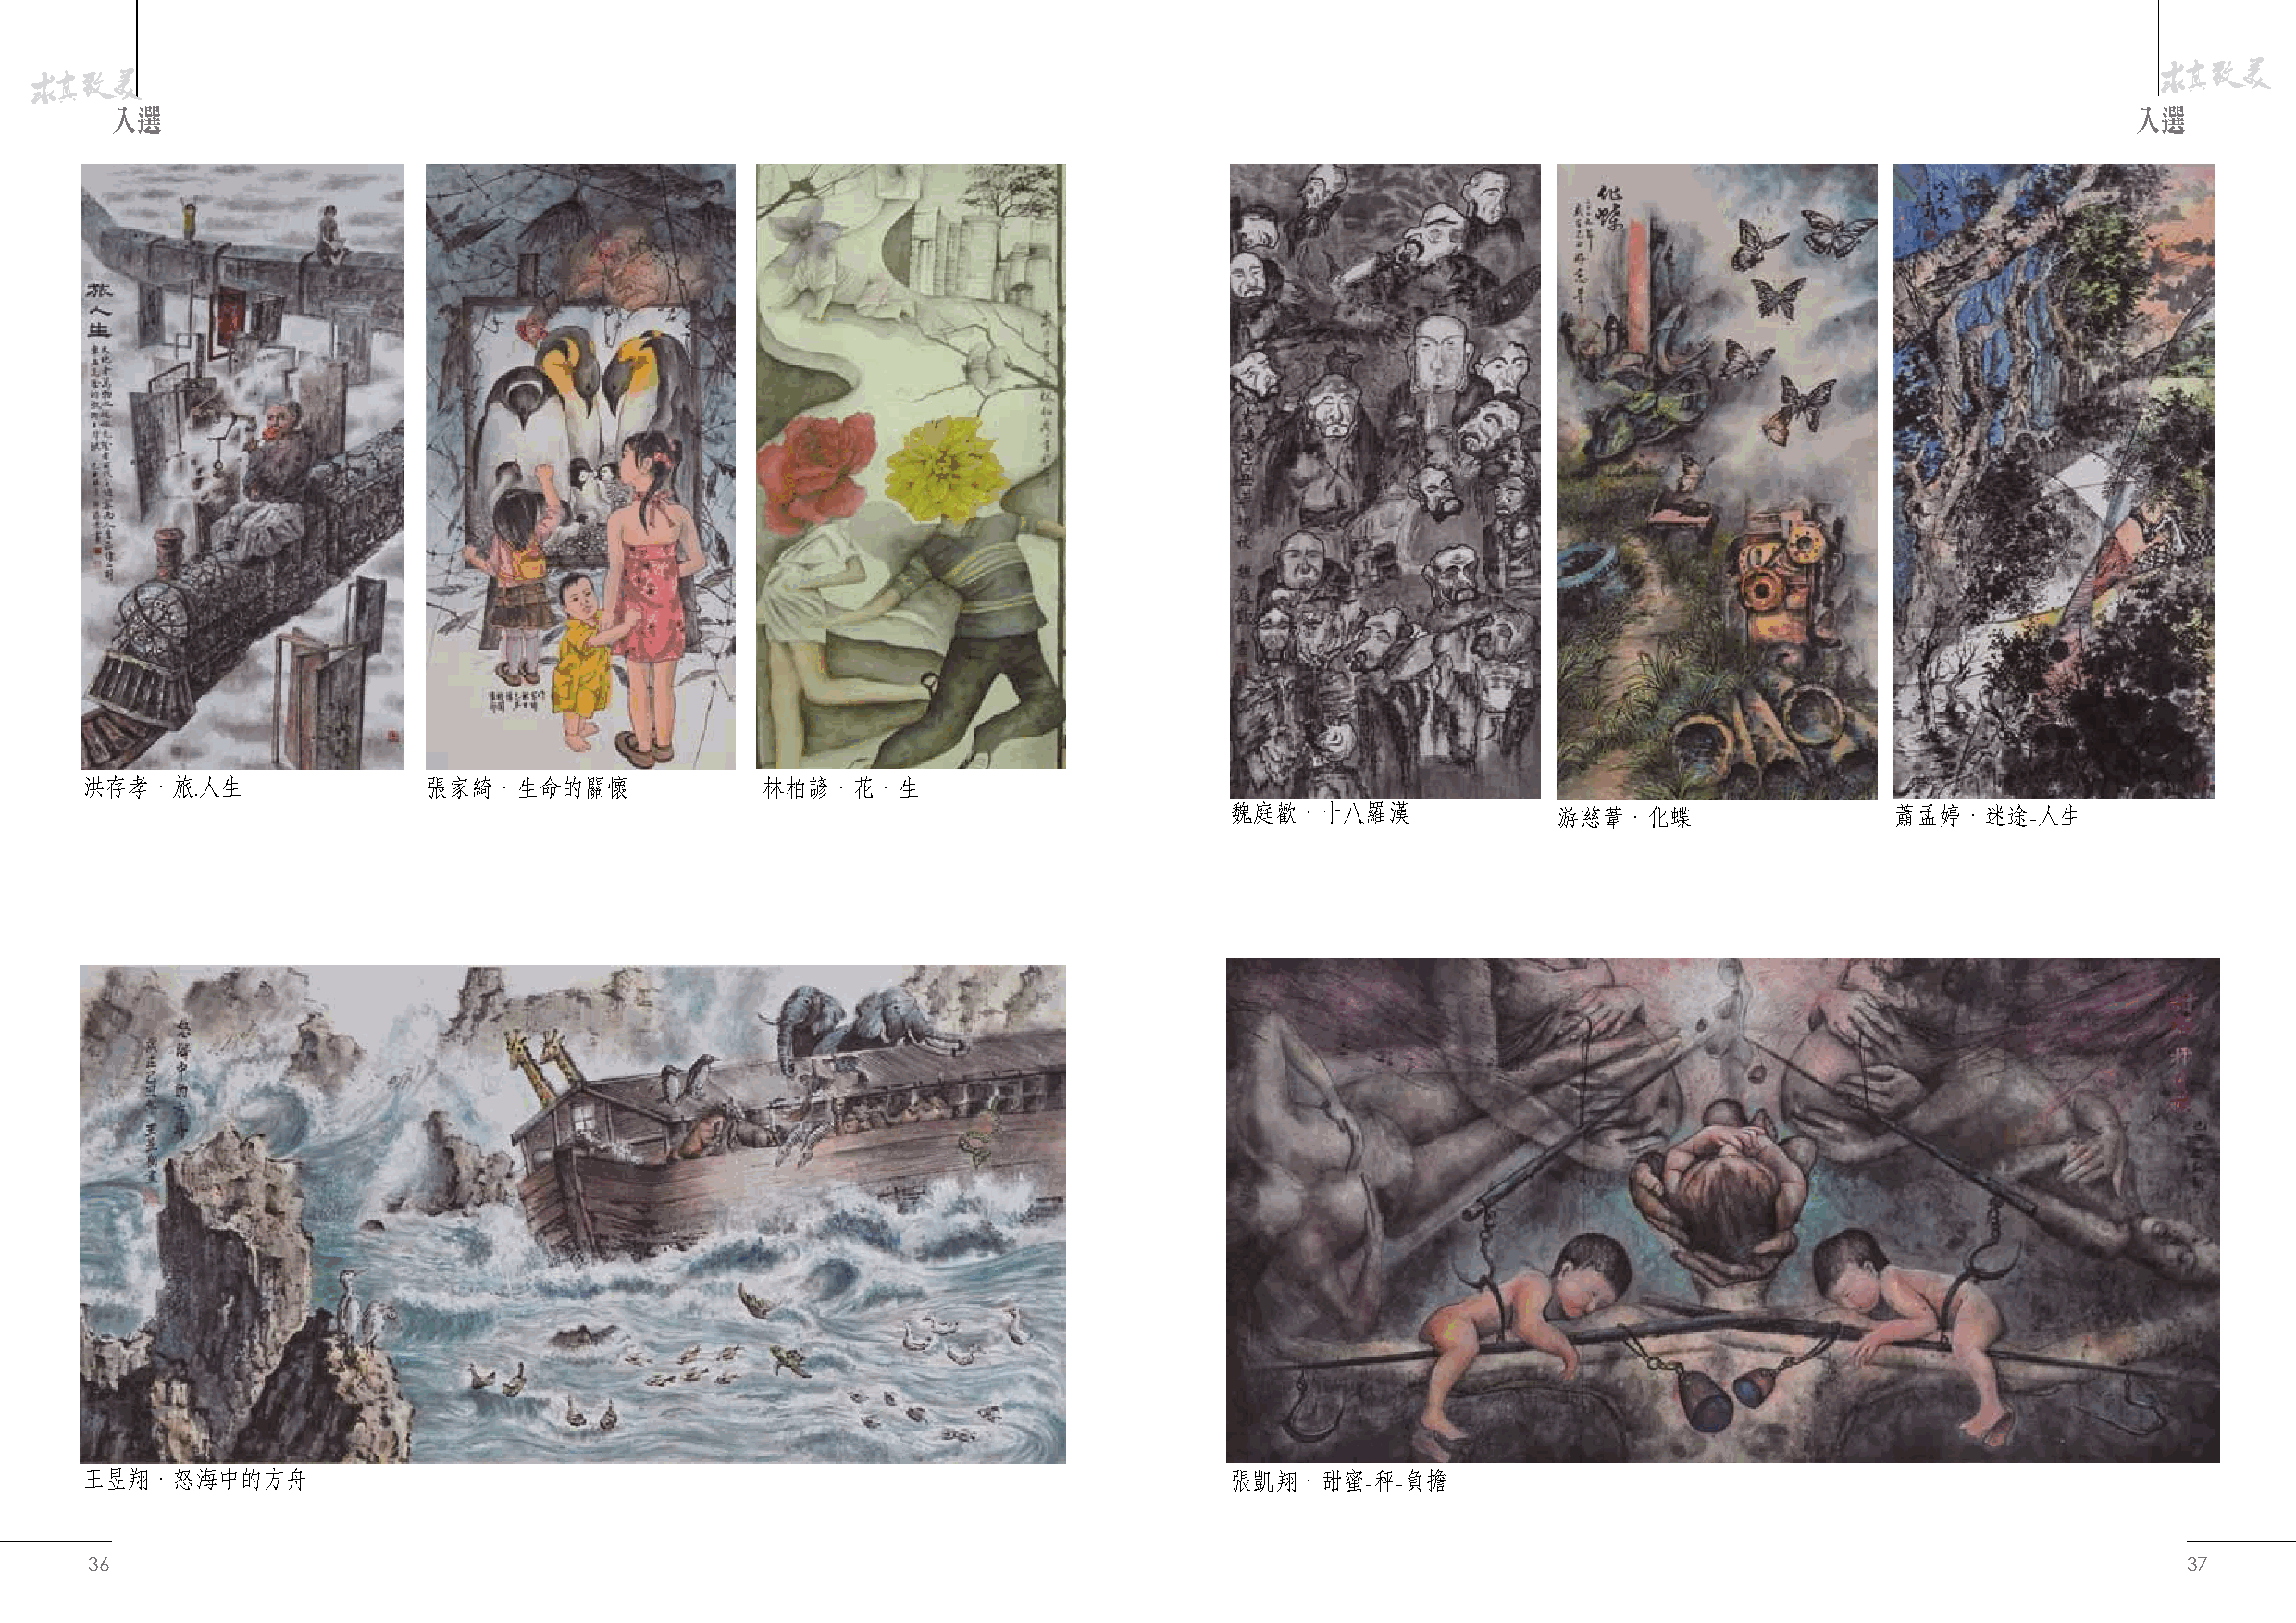
入選                                                                                                                                               入選
 洪存孝．旅.人生                張家綺．生命的關懷               林柏諺．花．生
 魏庭歡．十八羅漢               游慈葦．化蝶                  蕭孟婷．迷途-人生
 王昱翔．怒海中的方舟                                                                        張凱翔．甜蜜-秤-負擔
 36                                                                                                                                                    37